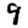
Digit: 9